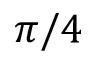
\pi / 4